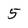
Character: 5